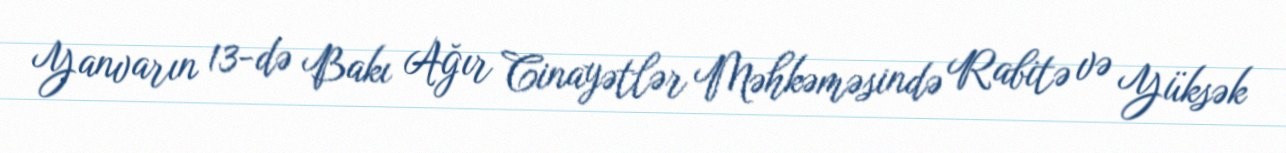
Yanvarın 13-də Bakı Ağır Cinayətlər Məhkəməsində Rabitə və Yüksək